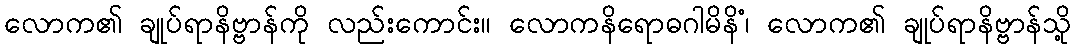
လောက၏ ချုပ်ရာနိဗ္ဗာန်ကို လည်းကောင်း။ လောကနိရောဓဂါမိနိံ၊ လောက၏ ချုပ်ရာနိဗ္ဗာန်သို့